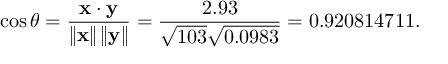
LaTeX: \cos \theta = { \frac { \mathbf { x } \cdot \mathbf { y } } { \left\| \mathbf { x } \right\| \left\| \mathbf { y } \right\| } } = { \frac { 2 . 9 3 } { { \sqrt { 1 0 3 } } { \sqrt { 0 . 0 9 8 3 } } } } = 0 . 9 2 0 8 1 4 7 1 1 .